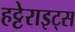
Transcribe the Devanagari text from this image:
हट्टेराइट्स